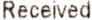
RECEIVED